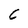
Character: C